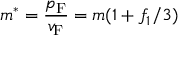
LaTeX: m ^ { * } = { \frac { p _ { \mathrm { { F } } } } { v _ { \mathrm { { F } } } } } = m ( 1 + f _ { 1 } / 3 )